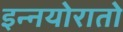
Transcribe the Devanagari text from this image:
इन्नयोरातो